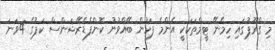
މި ގްރޫޕުގައި ހިމެނޭ ޓީމްތަކަކީ އެންމެ ފަހުން ބޭއްވުނު ކޮންފެޑެރޭޝަންސް ކަޕުގެ 4ވަނަ